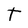
Character: t